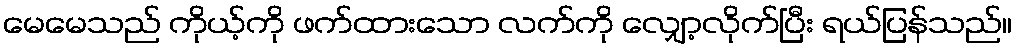
မေမေသည် ကိုယ့်ကို ဖက်ထားသော လက်ကို လျှော့လိုက်ပြီး ရယ်ပြန်သည်။